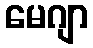
မေဂျာ